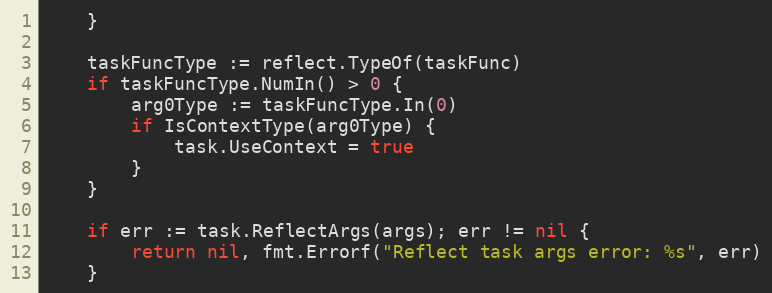
Language: Go
	}

	taskFuncType := reflect.TypeOf(taskFunc)
	if taskFuncType.NumIn() > 0 {
		arg0Type := taskFuncType.In(0)
		if IsContextType(arg0Type) {
			task.UseContext = true
		}
	}

	if err := task.ReflectArgs(args); err != nil {
		return nil, fmt.Errorf("Reflect task args error: %s", err)
	}